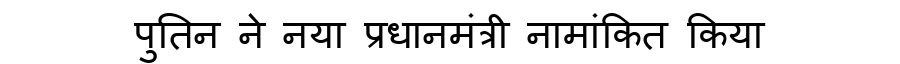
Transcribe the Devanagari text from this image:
पुतिन ने नया प्रधानमंत्री नामांकित किया